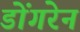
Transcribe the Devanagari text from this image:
डोंगरेन